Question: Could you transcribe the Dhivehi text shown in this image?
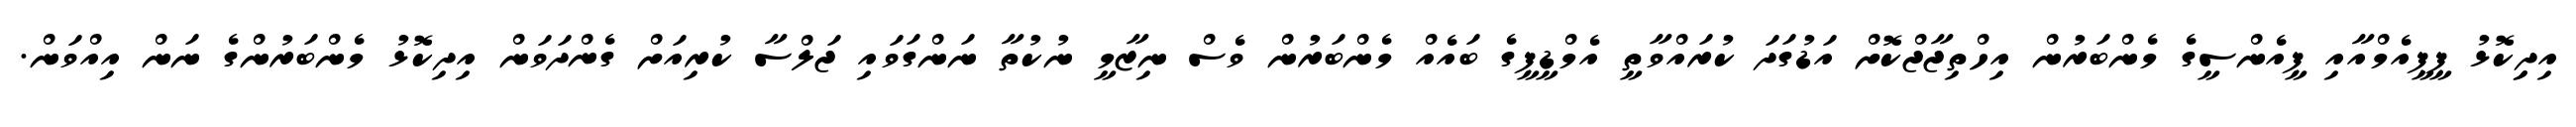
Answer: އިދިިކޮޅު ޕީޕީއެމްއާއި ޕީއެންސީގެ މެންބަރުން އިހްތިޖާޖްކޮށް އަޑުގަދަ ކުރައްވާތީ އެމްޑީޕީގެ ބައެއް މެންބަރުން ވެސް ނިޒާމީ ނުކުތާ ނަންގަވައި ޖަލްސާ ކުރިއަށް ގެންދަވަން އިދިކޮޅު މެންބަރުންގެ ނަން އިއްވަން.